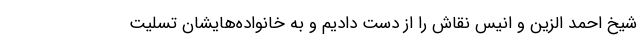
شیخ احمد الزین و انیس نقاش را از دست دادیم و به خانواده‌هایشان تسلیت